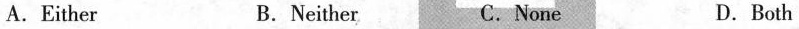
A.Either B.Neither C.None D.Both